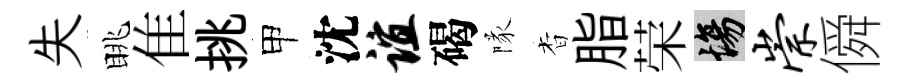
失眺隹挑甲沈谊碣隊杳脂荣場崇僢